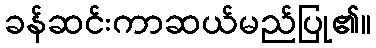
ခန်ဆင်းကာဆယ်မည်ပြု၏။